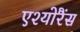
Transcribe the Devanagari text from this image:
एश्योरैंस